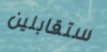
ستقابلين